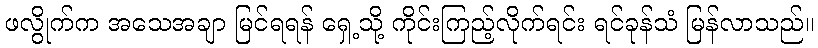
ဖလွိုက်က အသေအချာ မြင်ရရန် ရှေ့သို့ ကိုင်းကြည့်လိုက်ရင်း ရင်ခုန်သံ မြန်လာသည်။